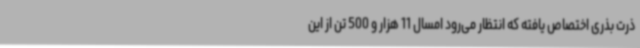
ذرت بذری اختصاص یافته که انتظار می‌رود امسال 11 هزار و 500 تن از این